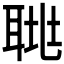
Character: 𦖅